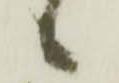
候